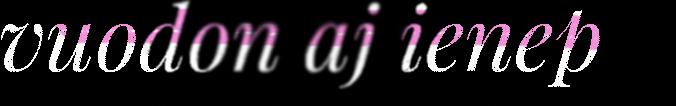
vuodon aj ienep